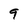
Character: 9